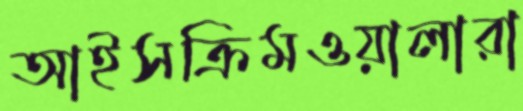
আইসক্রিমওয়ালারা